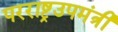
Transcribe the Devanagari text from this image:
परराष्ट्रउपमंत्री